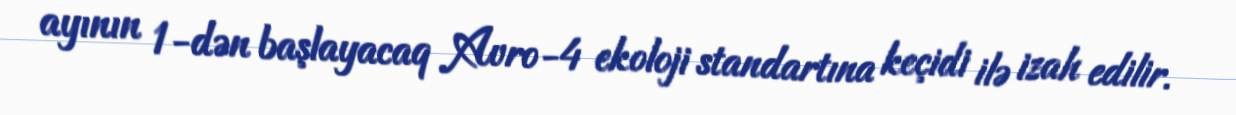
ayının 1-dən başlayacaq Avro-4 ekoloji standartına keçidi ilə izah edilir.